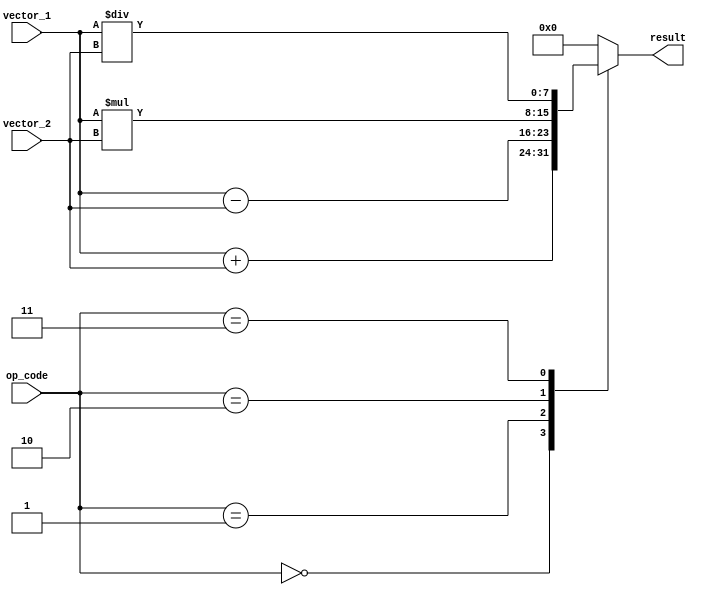
module VectorALU(
    input [7:0] vector_1,
    input [7:0] vector_2,
    input [2:0] op_code,
    output [7:0] result
);

reg [7:0] result;

always @(*)
begin
    case(op_code)
        3'b000: result = vector_1 + vector_2; // Addition
        3'b001: result = vector_1 - vector_2; // Subtraction
        3'b010: result = vector_1 * vector_2; // Multiplication
        3'b011: result = vector_1 / vector_2; // Division
        default: result = 8'b0; // Default case
    endcase
end

endmodule